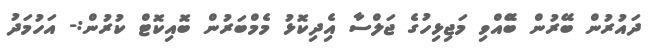
ދައުރުން ބޭރުން ބޭްއްވި މަޖިޅިހުގެ ޖަލްސާ އެިދިކޮޅު މެމްބަރުން ބޮއިކޮޓް ކުރުން:- އަހުމަދު